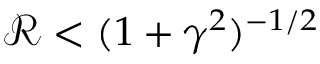
\mathcal R < ( 1 + \gamma ^ { 2 } ) ^ { - 1 / 2 }